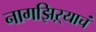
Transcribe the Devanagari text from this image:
नागझिऱ्याचं